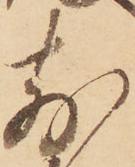
前